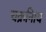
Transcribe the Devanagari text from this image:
चक्रनािय